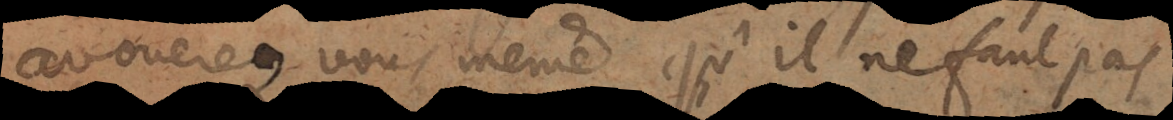
avouerez vous même qu’il ne faut pas